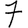
Digit: 7